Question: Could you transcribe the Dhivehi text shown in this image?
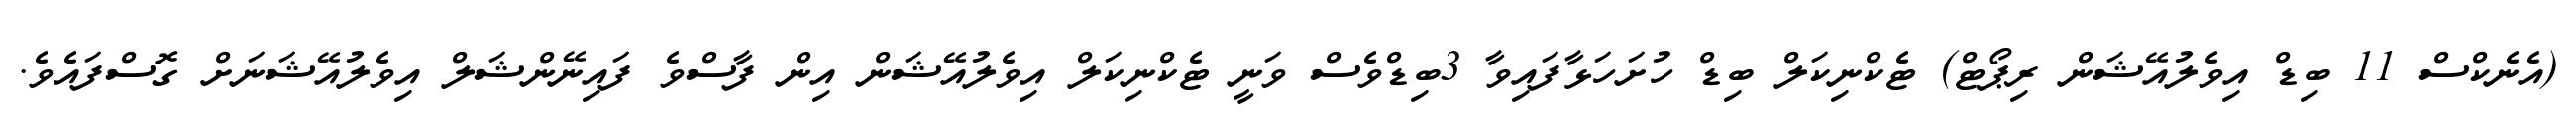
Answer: (އެނެކްސް 11 ބިޑް އިވެލުއޭޝަން ރިޕޯޓް) ޓެކްނިކަލް ބިޑް ހުށަހަޅާފައިވާ 3ބިޑްވެސް ވަނީ ޓެކްނިކަލް އިވެލުއޭޝަން އިން ފާސްވެ ފައިނޭންޝަލް އިވެލުއޭޝަނަށް ގޮސްފައެވެ.